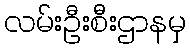
လမ်းဦးစီးဌာနမှ